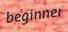
beginner